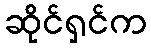
ဆိုင်ရှင်က